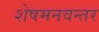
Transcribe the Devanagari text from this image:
शेषमनवन्तर